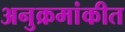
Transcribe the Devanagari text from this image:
अनुक्रमांकीत